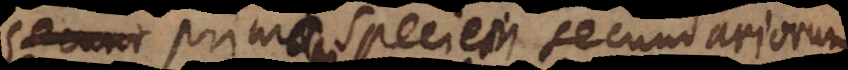
Et primam speciem secundariorum